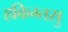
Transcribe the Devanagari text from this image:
हकिग्तसु